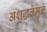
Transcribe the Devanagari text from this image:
अशुद्धतेमुळे